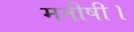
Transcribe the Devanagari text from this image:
मनीषी।